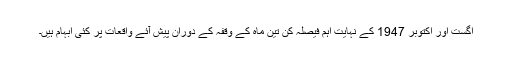
اگست اور اکتوبر 1947 کے نہایت اہم فیصلہ کن تین ماہ کے وقفہ کے دوران پیش آئے واقعات پر کئی ابہام ہیں۔